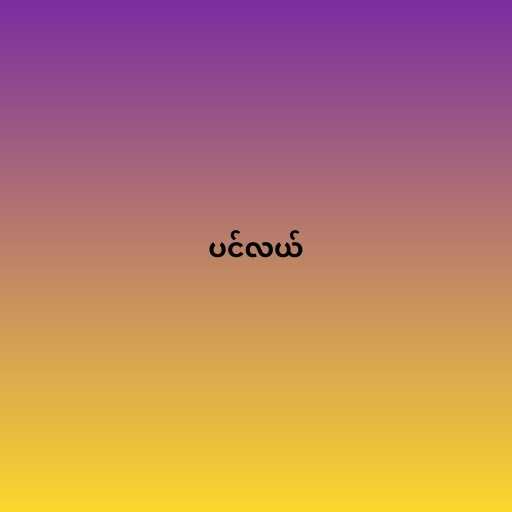
ပင်လယ်